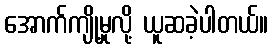
အောက်ကျို့မှုလို့ ယူဆခဲ့ပါတယ်။